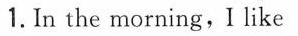
1. In the morning,I like